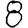
Digit: 8